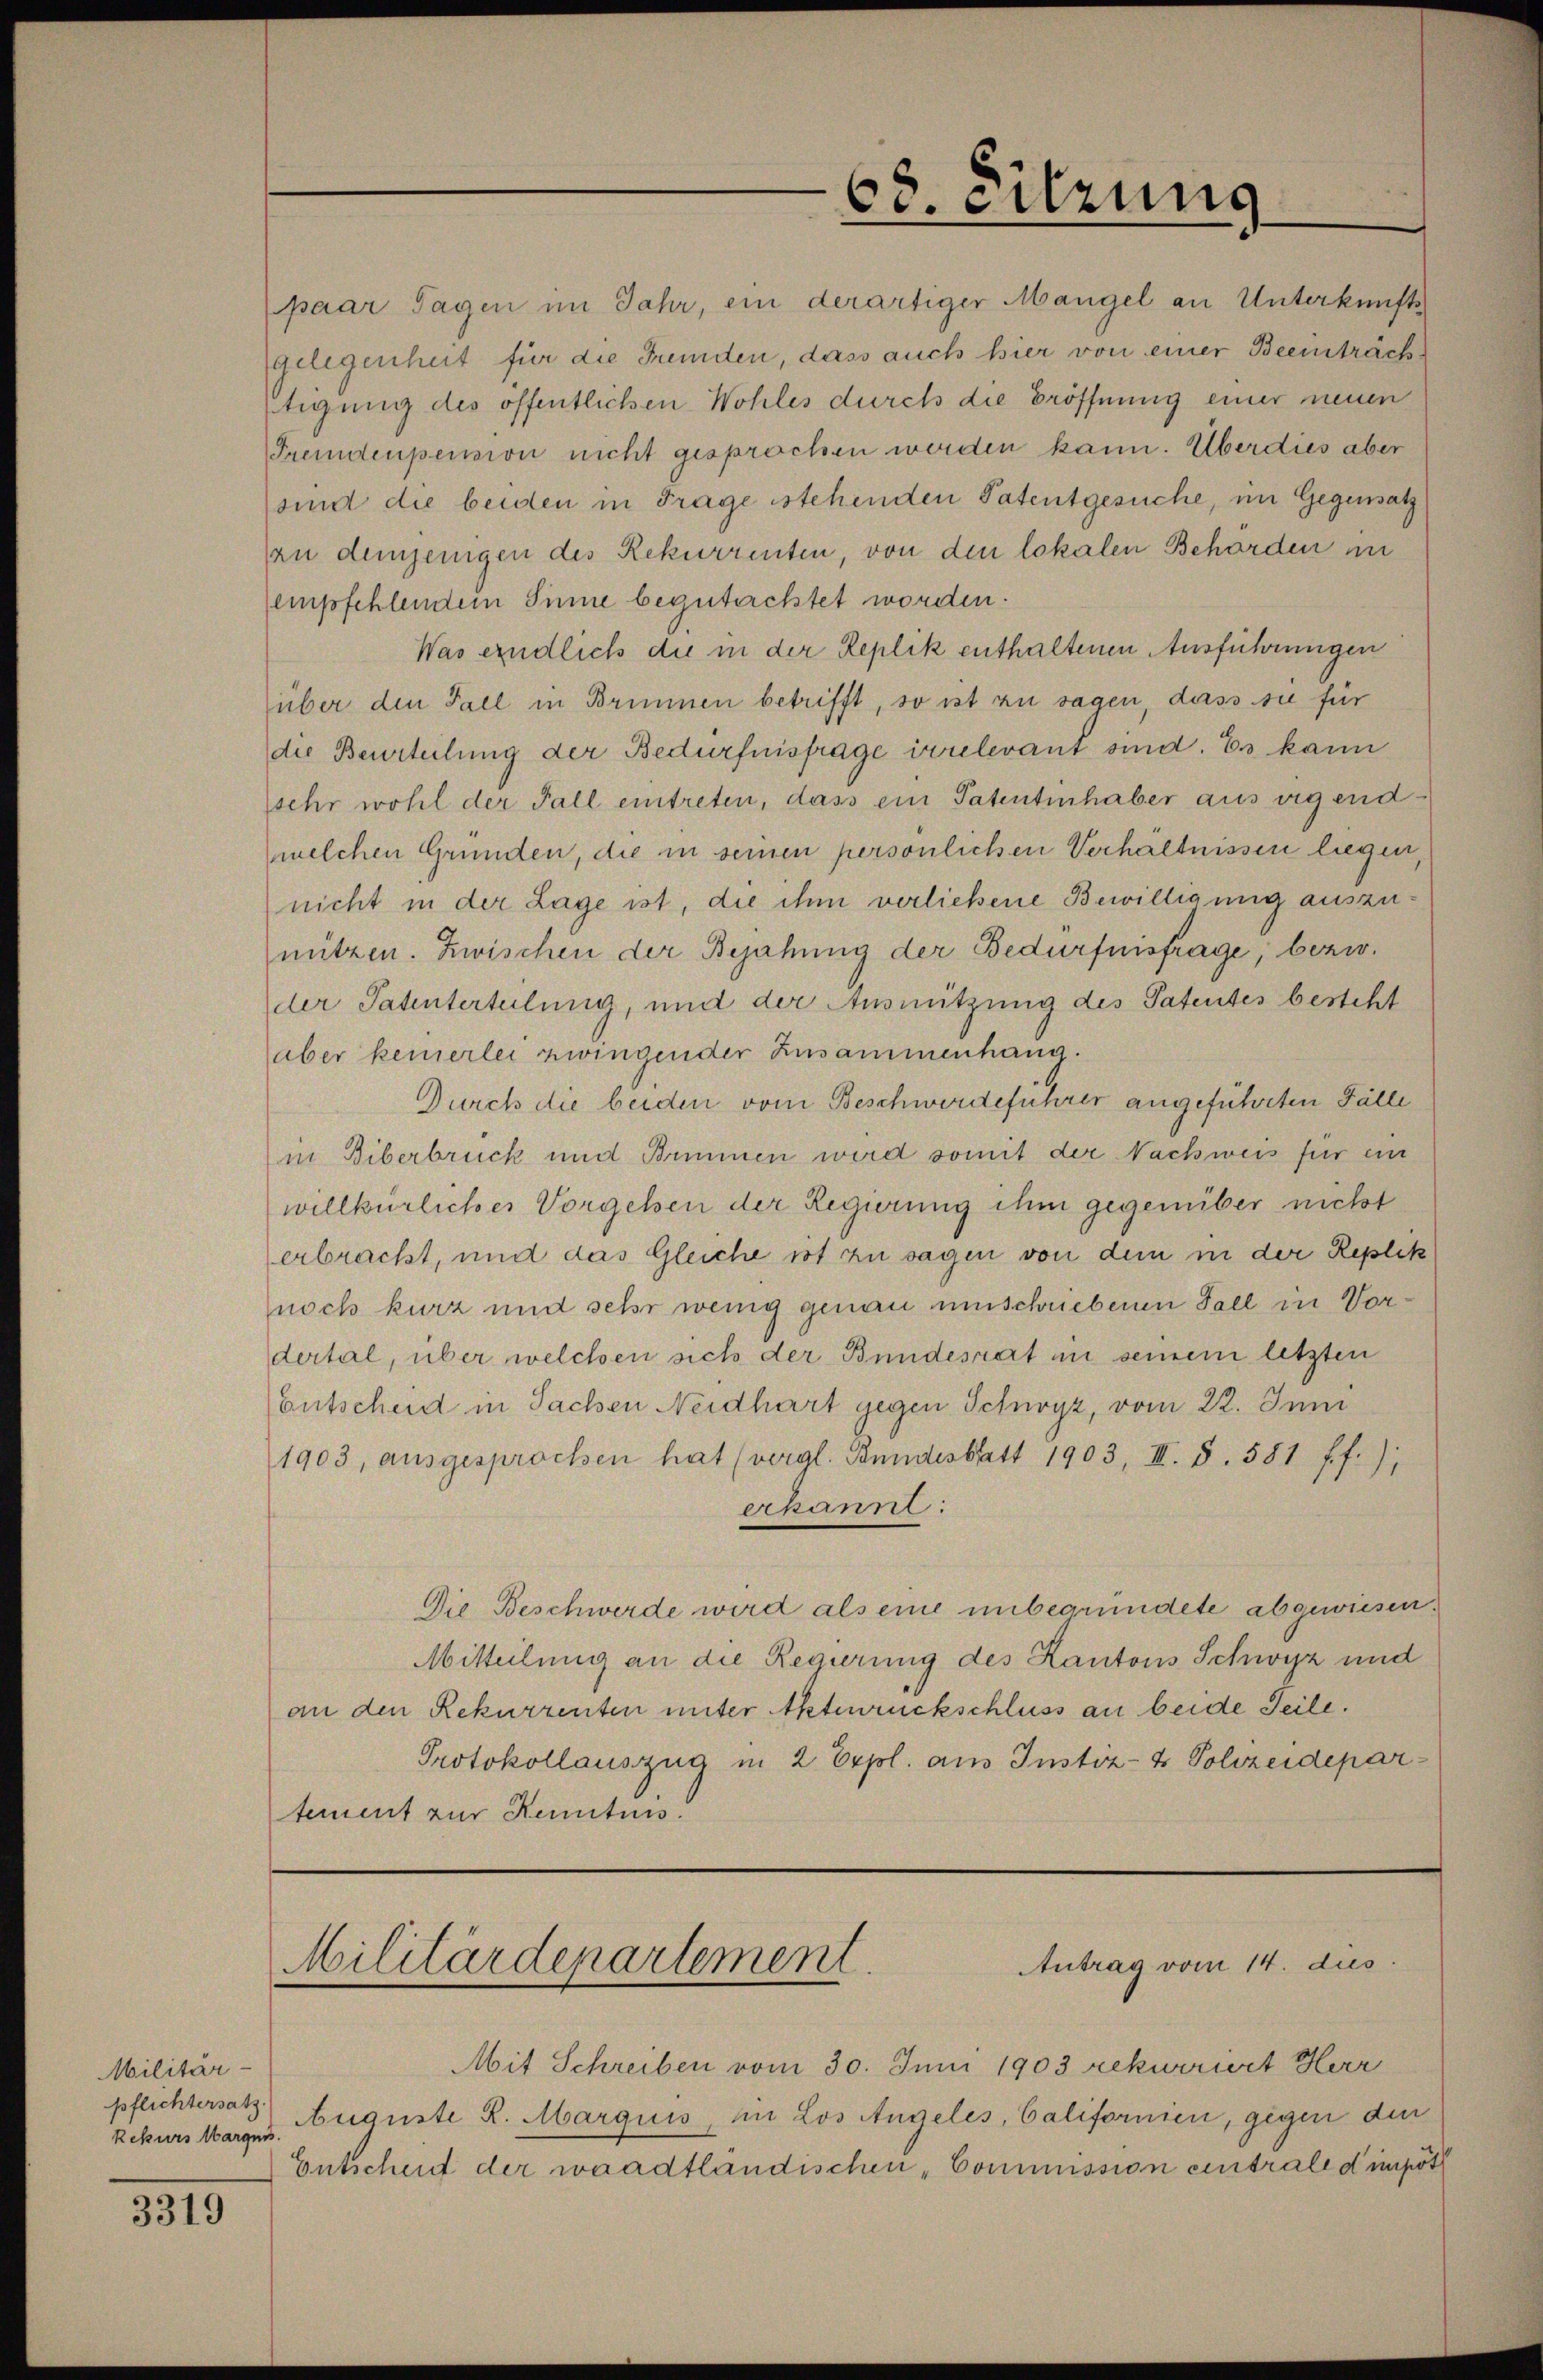
Militär-
pflichtersatz
Rekurs Marquis.

1315

paar Tagen im Jahr, ein derartiger Mangel an Unterkunfts
gelegenheit für die Fremden, dass auch hier von einer Beeinträch¬
Etigung des öffentlichen Wohles durch die Eröffnung einer neuen
Fremdenpension nicht gesprochen werden kann. Überdies aber
sind die beiden in Frage stehenden Patentgesuche, im Gegensatz
zu demjenigen des Rekurrenten, von den lokalen Behörden in
empfehlendem Sinne begutachtet worden.
Was endlich die in der Replik enthaltenen Ausführungen
über den Fall in Brunnen betrifft, so ist zu sagen, dass sie für
die Beurteilung der Bedürfnisfrage irrelevant sind. Es kann
sehr wohl der Fall eintreten, dass ein Patentinhaber aus eigendwelchen Gründen, die in seinen persönlichen Verhältnissen liegen

nicht in der Lage ist, die ihm verließene Bewilligung auszunützen. Zwischen der Bejahung der Bedürfnisfrage, bezw.
der Satinterteilung, und der Ausnützung des Patentes besteht
aber kennerlei zwingender Zusammenhang.
Durch die beiden vom Beschwerdeführer angeführten Fälle
in Biberbrück und Brunnen wird somit der Nachweis für ein
willkürliches Vorgessen der Regierung ihm gegenüber nicht
erbracht, und das Gleiche rot zu sagen von dem in der Replik
noch kurz und sehr wenig genau umschriebenen Fall in Vordertal, über welchen sich der Bundesrat in seinem letzten
Entscheid in Sachen Neidhart gegen Schwyz, vom 22. Juni
1903, ausgesprochen hat (vergl. Bundesblatt 1903, III. 8. 581 ff.),
erkannt:
Die Beschwerde wird als eine unbegründete abgewiesen.
Mitteilung an die Regierung des Kantons Schwyz und
an den Rekurrenten unter Aktenrückschluss an beide Teile.
Protokollauszug in 2 Expol. an Instiz- & Polizeidepartement zur Kenntnis.

Antrag vom 14. dies
Militärdepartement

Mit Schreiben vom 30. Juni 1903 rekurriert Herr
Auguste R. Marquis, in Los Angeles, Californien, gegen den
Entschend der waadtländischen „Commission eintrale d impöth

68. eitzung